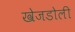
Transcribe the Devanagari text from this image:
खेजडोली